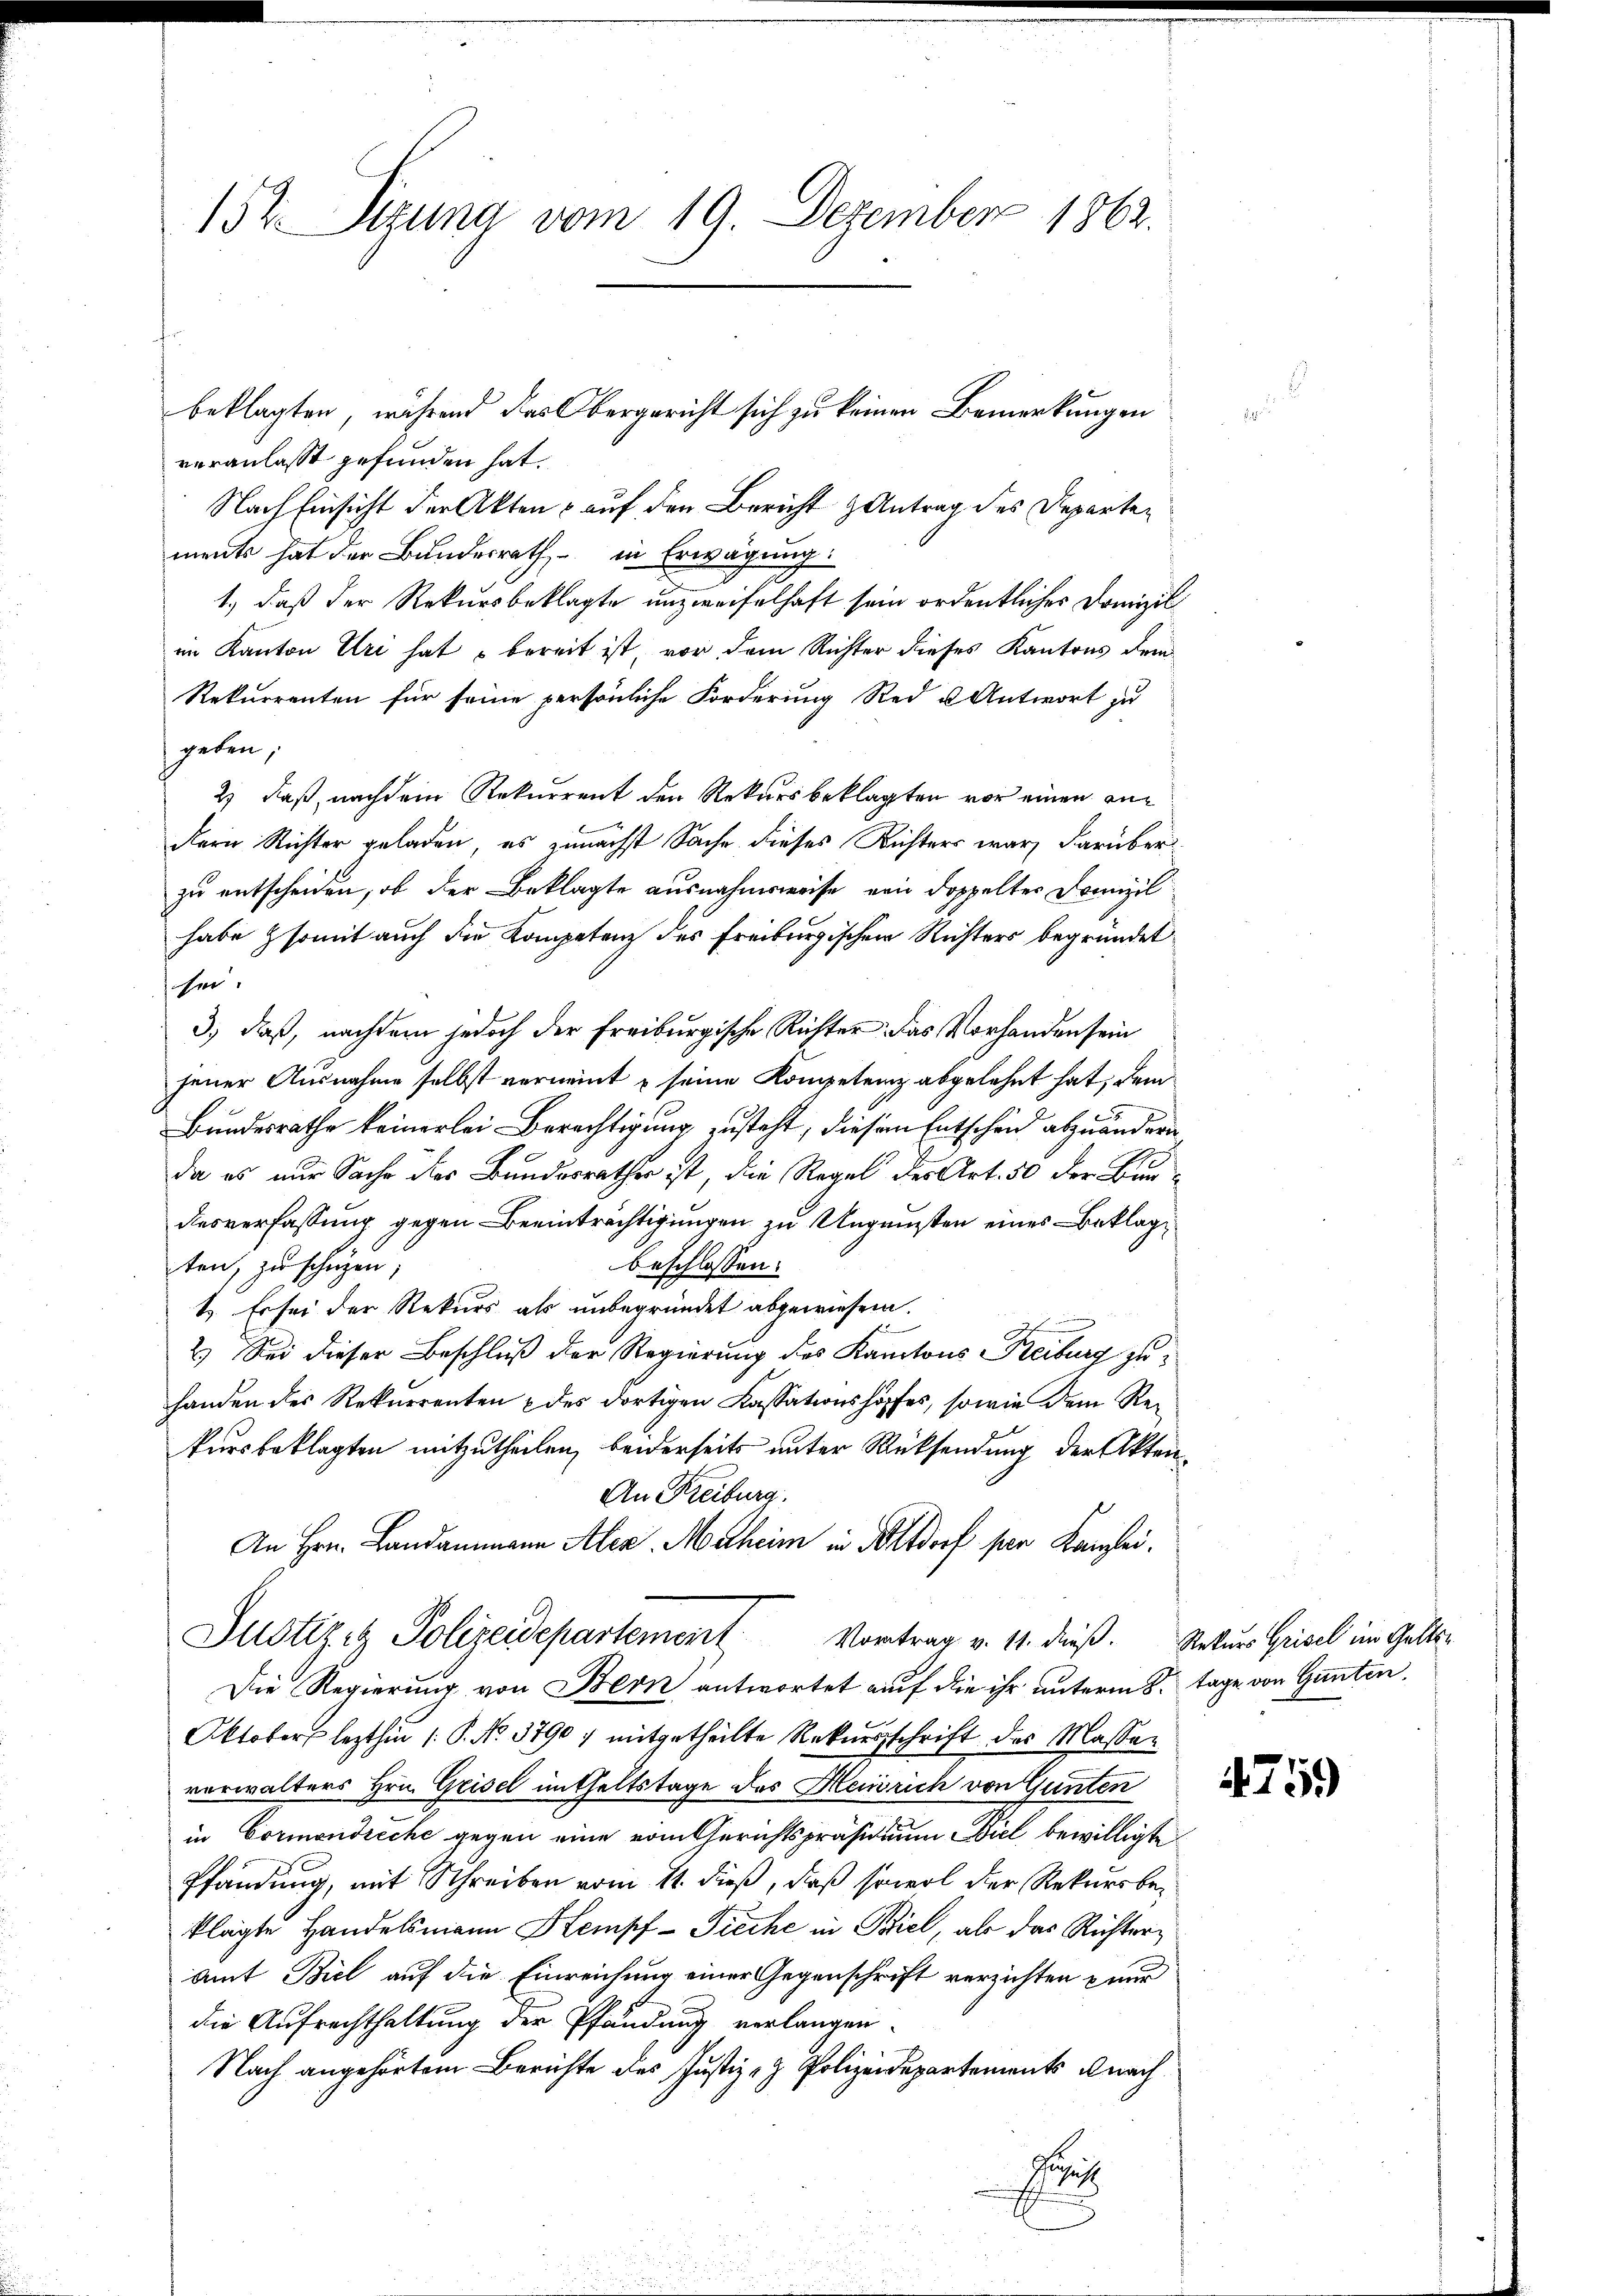
152 Sizung vom 19. Dezember 1862.

veranlasst gefunden hat.
Nach Einsicht der Akten auf den Bericht & Antrag des Departements hat der Bundesrath in Erwägung:
1.) daß der Rekursbeklagte unzweifelhaft sein ordentliches Domizil
im Kanton Uri hat bereit ist, vor, dem Richter dieses Kantons dem
Rekurrenten für seine persönliche Forderung Red u Antwort zu
geben,
2) daß, nachdem Rekurrent den Rekursbeklagten vor einen andern Richter geladen, es zunächst Sache dieses Richters war, darüber
zu entscheiden, ob der Beklagte ausnahmsweise von doppelter Domizil
habe somit auch die Kompetenz des Freiburgischen Richters begründet
sei.
3) daß, nachdem jedoch der freiburgische Richter das Vorhanden sein
jener Ausnahme selbst verneint & seine Kompetenz abgelehnt hat, dem
Bundesrathe keinerlei Berechtigung zusteht, diesem Entschend abzuändern
da es nur Sache dies Bundesrathes ist, die Regel des Art. 50 der Burdesverfassung gegen Beeinträchtigungen zu Ungünsten eines Beklagten, zu schüzen
beschlossen:
t. Es sei der Rekurs als unbegründet abgewiesen.
2.) Sei dieser Beschluß der Regierung des Kantons Freiburg zuhanden des Rekurrenten & des dortigen Kassationshoffes, sowie dem Reikursbeklagten mitzutheilen, beiderseits unter Rücksendung der Akten¬
An Freiburg.
An Hrn. Landammann Alex Maheim in Altdorf per Kanzlei.
Justizit Polizeidepartement Vortrag v. 11. dieß. Rekurs Grisel im Gelts¬
Die Regierung von Bern antwortet auf die ihr unterm 8. Tage von Ganten,
Oktober lezthin /: P. No. 3790) mitgetheilte Rekursschrift des Massen
verwalters Hrn. Geisel mitheltstage des Heinrich von Gunten
in Cormondreche gegen eine vom Gerichtspräsidium Biel bewilligte
Pfandung, mit Schreiben vom 11. dieß, daß sowol der Rekursbeklagte Handelsmann Stempf-Tieche in Biel, als das Richter¬
Amt Biel auf die Einreichung einer Gegenschrift verzichten nur
die Aufrechthaltung der Pfändung verlangen.
Nach angehörtem Berichte des Justiz- & Polizeidepartements nach
Supe
22

beklagten, während das Obergericht sich zu keinen Bemerkungen

4759